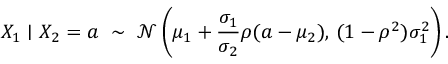
X _ { 1 } \mid X _ { 2 } = a \ \sim \ { \mathcal { N } } \left( \mu _ { 1 } + { \frac { \sigma _ { 1 } } { \sigma _ { 2 } } } \rho ( a - \mu _ { 2 } ) , \, ( 1 - \rho ^ { 2 } ) \sigma _ { 1 } ^ { 2 } \right) .